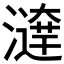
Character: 𤀱